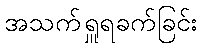
အသက်ရှူရခက်ခြင်း